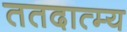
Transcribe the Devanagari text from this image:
ततदात्म्य